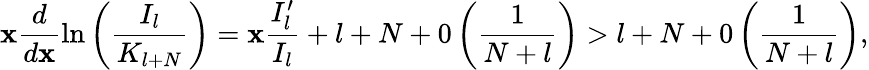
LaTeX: \mathbf{x}\displaystyle\frac{{d}}{{d\mathbf{x}}}\ln\left(\displaystyle\frac{{I_{l}}}{{K_{l+N}}}\right)=\mathbf{x}\displaystyle\frac{{I_{l}^{\prime}}}{{I_{l}}}+l+N+0\left(\displaystyle\frac{{1}}{{N+l}}\right)>l+N+0\left(\displaystyle\frac{{1}}{{N+l}}\right),